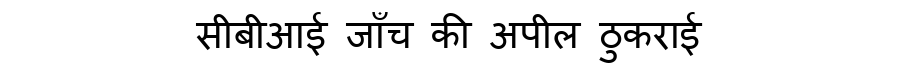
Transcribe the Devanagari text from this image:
सीबीआई जाँच की अपील ठुकराई